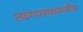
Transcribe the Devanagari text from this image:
लढण्याचाबाळाजींचा